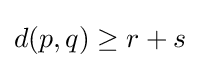
d(p,q)\geq r+s